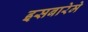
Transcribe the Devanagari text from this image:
इसबारेमे